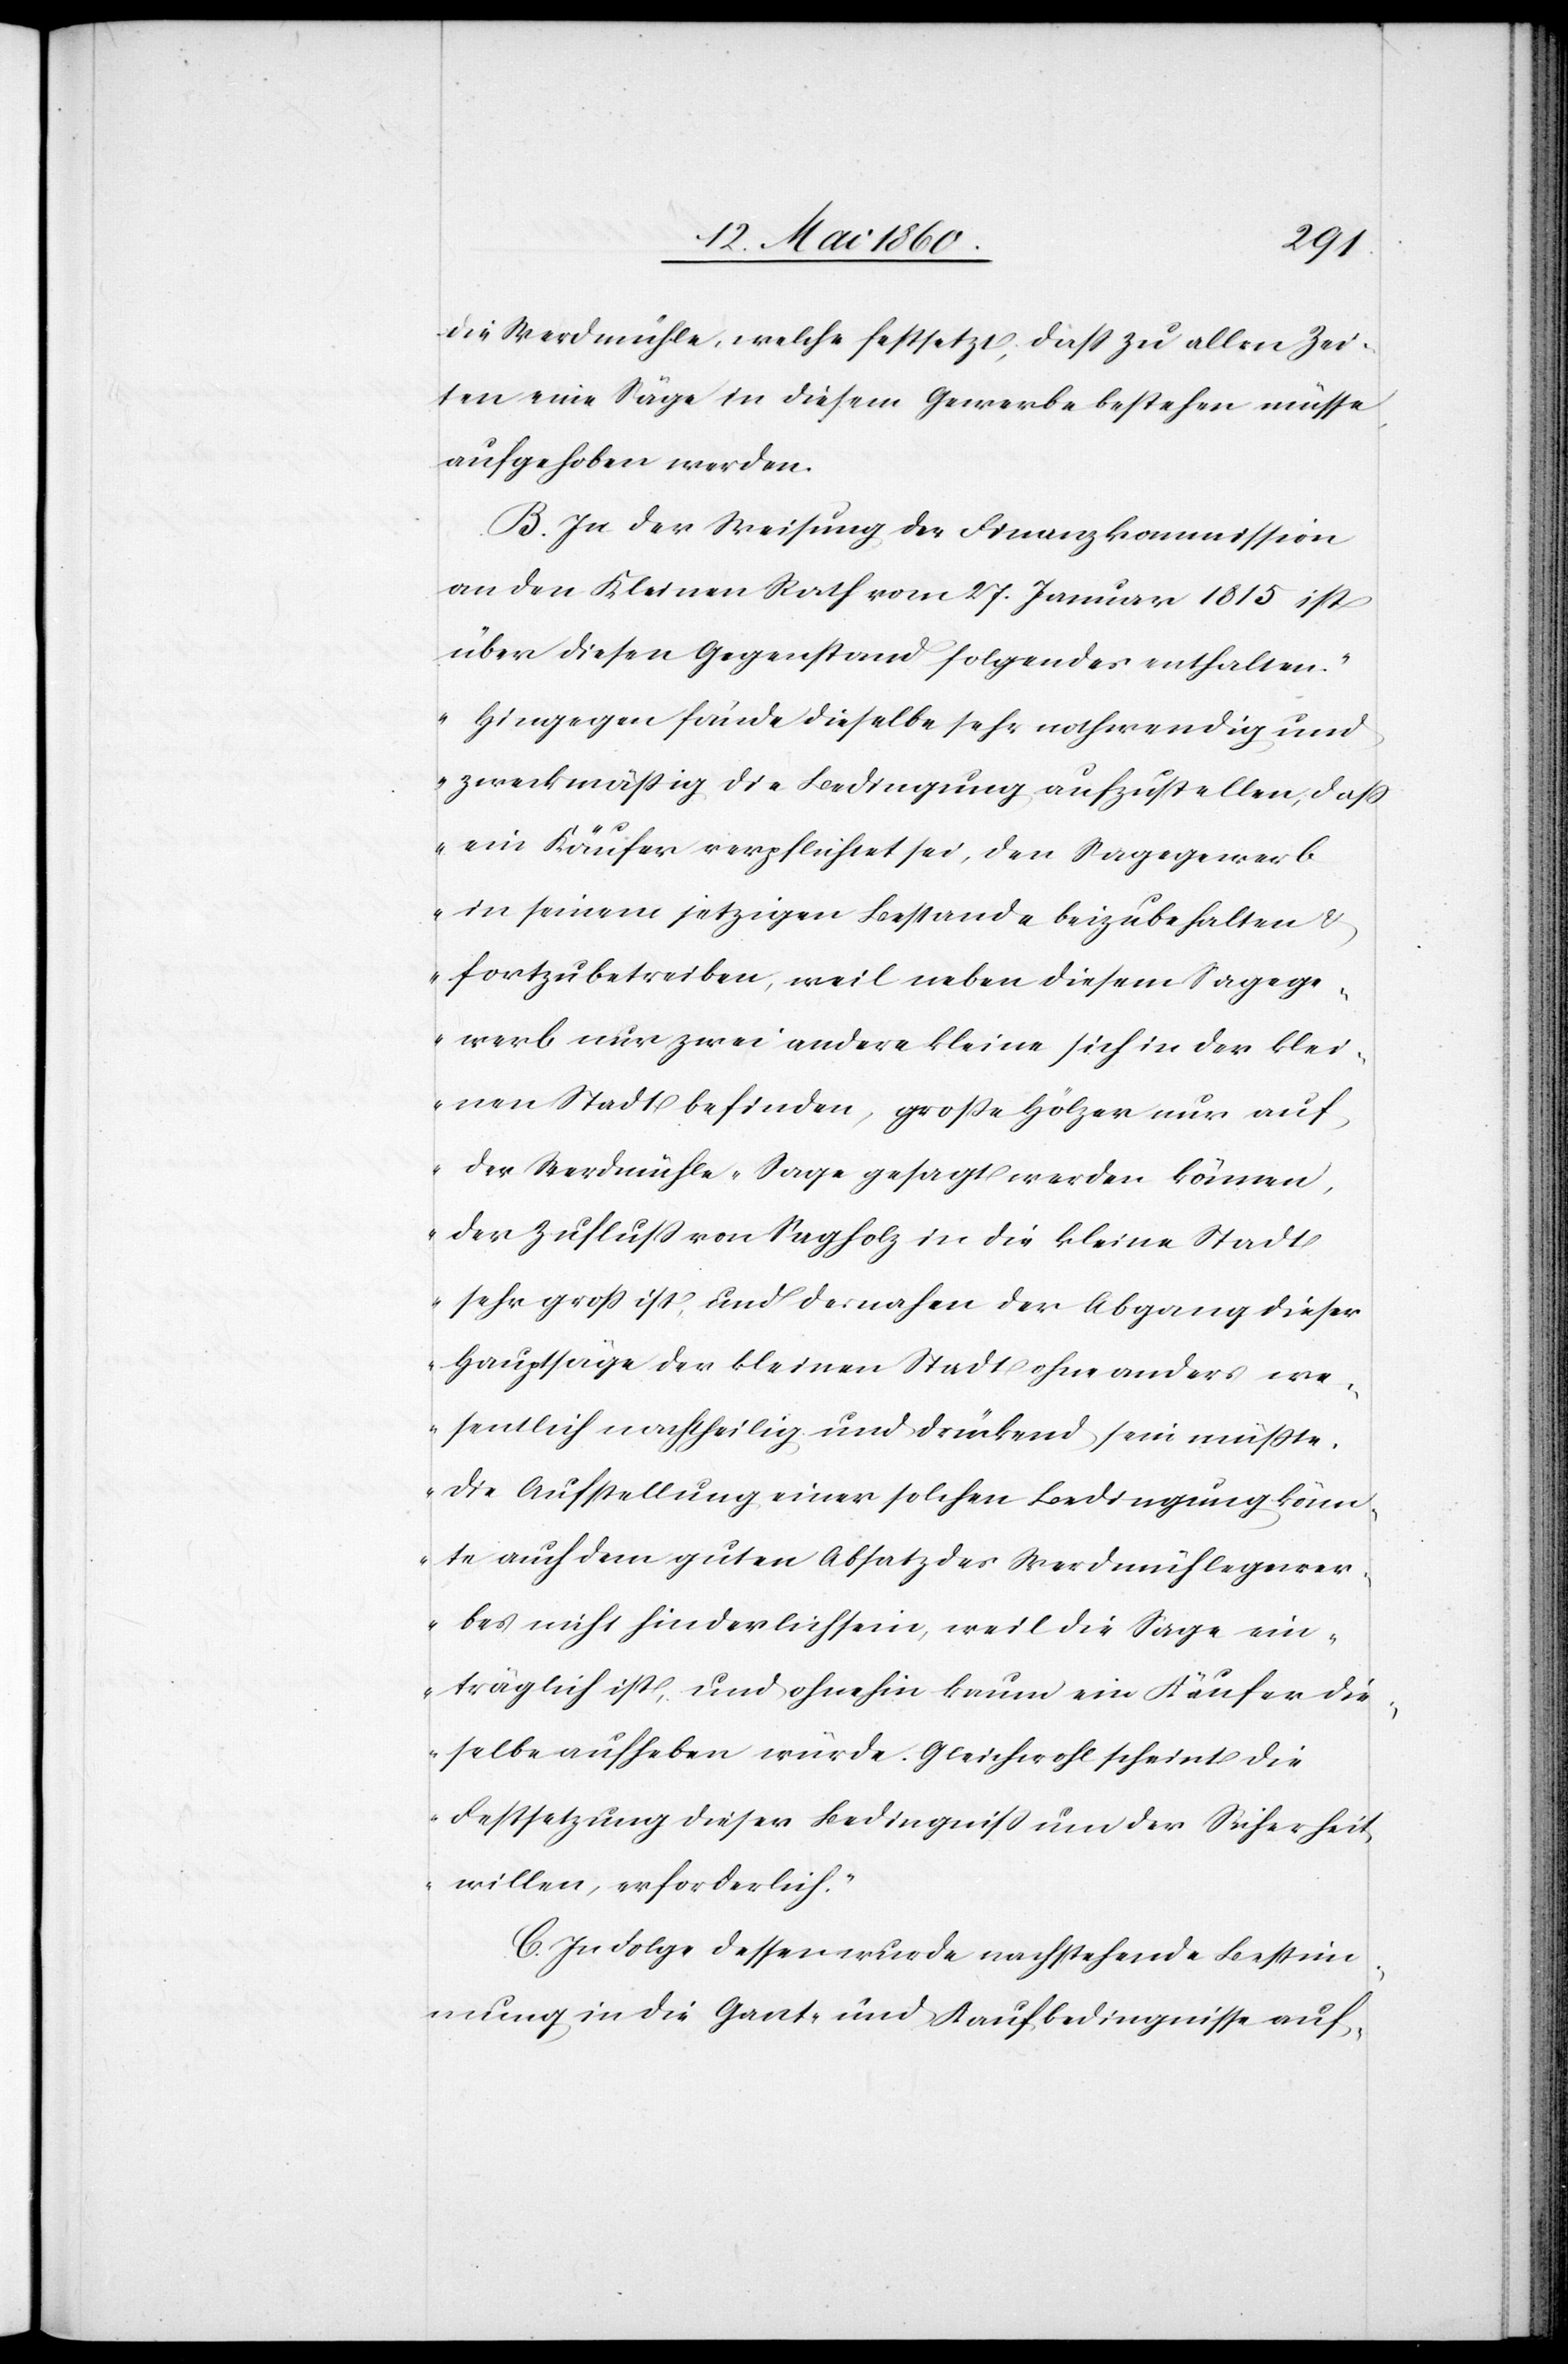
die Werdmühle, welche festsetzt, dass zu allen Zei¬
ten eine Säge in diesem Gewerbe bestehen müsse,
aufgehoben werden.
B. In der Weisung der Finanzkommission
an den Keinen Rath vom 27. Januar 1815 ist
über diesen Gegenstand folgendes enthalten:
„Hingegen fände dieselbe sehr nothwendig und
zweckmässig die Bedingung aufzustellen, dass
ein Käufer verpflichtet sei, den Sagegewerb
in seinem jetzigen Bestande beizubehalten u.
fortzubetreiben, weil neben diesem Sagege¬
werb nur zwei andere kleine sich in der klei¬
nen Stadt befinden, grosse Hölzer nur auf
der Werdmühle-Sage gesagt werden können,
der Zufluß von Sagholz in die kleine Stadt
sehr gross ist, und desnahen der Abgang dieser
Hauptsäge der kleinen Stadt ohne anders we¬
sentlich nachtheilig und drückend sein müsste.
Die Aufstellung einer solchen Bedingung könn¬
te auch dem guten Absatz des Werdmühlegewer¬
bes nicht hinderlich sein, weil die Sage ein¬
träglich ist, und ohnehin kaum ein Käufer die¬
selbe aufheben würde. Gleichwol scheint die
Festsetzung dieses Bedingniss um der Sicherheit
willen, erforderlich.“
C. In Folge dessen wurde nachstehende Bestim¬
mung in die Gant und auf Bedingnisse auf-